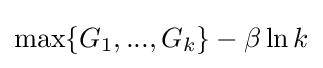
\max\{G_{1},...,G_{k}\}-\beta \ln k